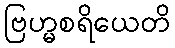
ဗြဟ္မစရိယေတိ